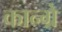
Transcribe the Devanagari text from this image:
कान्ग्रे